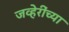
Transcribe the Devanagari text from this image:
जव्हेरींच्या